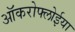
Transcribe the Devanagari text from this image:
ऑकरोफ्लोईया